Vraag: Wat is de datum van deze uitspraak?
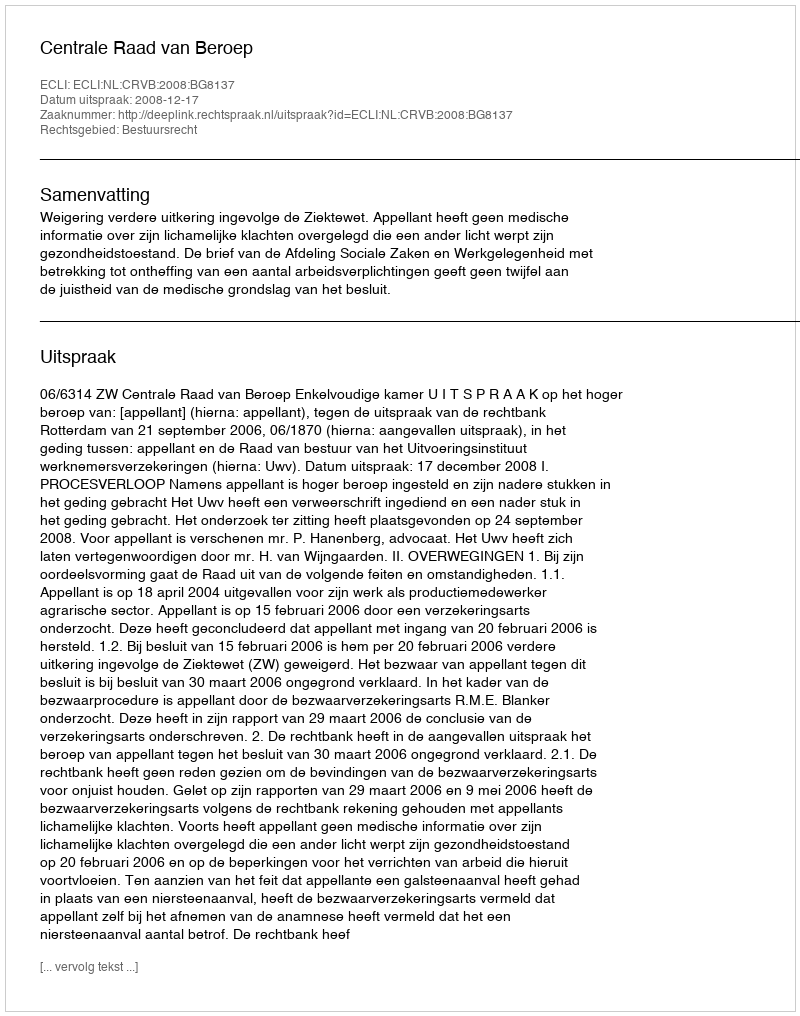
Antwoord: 2008-12-17